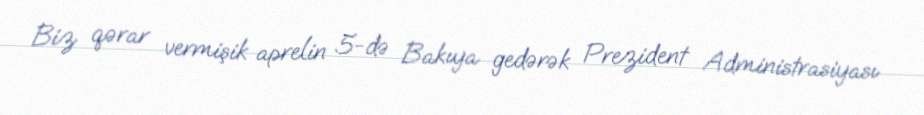
Biz qərar vermişik aprelin 5-də Bakıya gedərək Prezident Administrasiyası